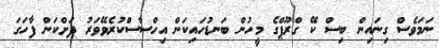
ނަމަވެސް ގިނައިން ބިސް ކޭ ގްރޫޕްގެ މީހުން ބަނޑުހައިކަން އިހްސާސްކުރެވޭވަރު ދަށްކަން ފާހަގަ